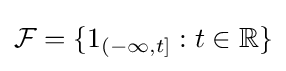
{\mathcal {F}}=\{1_{(-\infty ,t]}:t\in \mathbb {R} \}